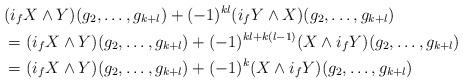
LaTeX: \begin{align*}&(i_f X\wedge Y)(g_2,\dots, g_{k+l})+(-1)^{kl}(i_f Y\wedge X)(g_2,\dots, g_{k+l})\\&=(i_f X\wedge Y)(g_2,\dots, g_{k+l})+(-1)^{kl+k(l-1)}(X\wedge i_f Y)(g_2,\dots, g_{k+l})\\&=(i_f X\wedge Y)(g_2,\dots, g_{k+l})+(-1)^{k}(X\wedge i_f Y)(g_2,\dots, g_{k+l})\end{align*}